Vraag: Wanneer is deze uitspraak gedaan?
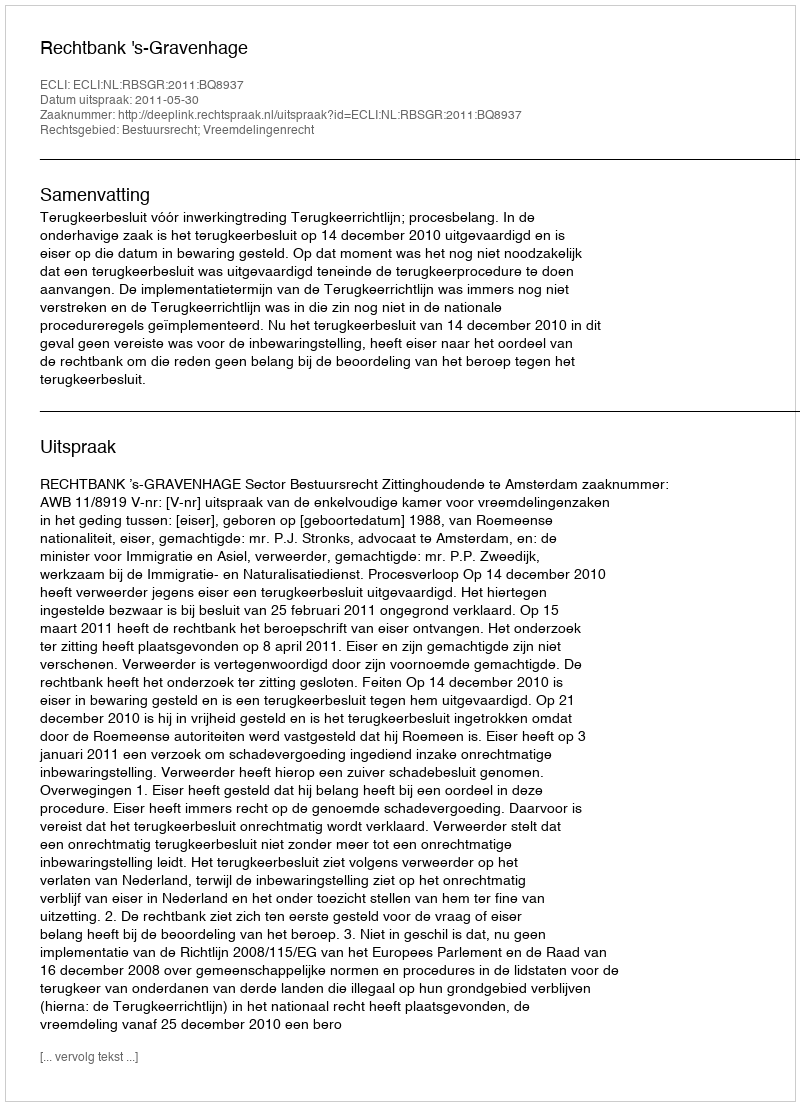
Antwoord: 2011-05-30